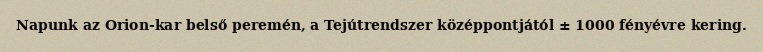
Napunk az Orion-kar belső peremén, a Tejútrendszer középpontjától ± 1000 fényévre kering.